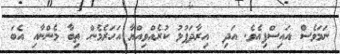
ނަމަވެސް އައިސްފިއެވެ. އަދި  އިރާދަފުޅު ކުރެއްވިއްޔާ އަހަރެމެން ތިބާ މެންނާއި އެބަ